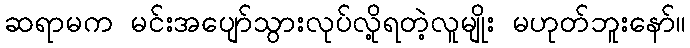
ဆရာမက မင်းအပျော်သွားလုပ်လို့ရတဲ့လူမျိုး မဟုတ်ဘူးနော်။